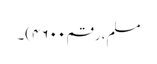
مسلم، رقم ۴۶۰۰)۔